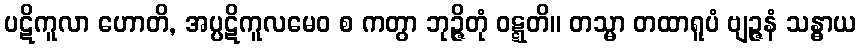
ပဋိကူလာ ဟောတိ, အပ္ပဋိကူလမေဝ စ ကတွာ ဘုဉ္ဇိတုံ ဝဋ္ဋတိ။ တသ္မာ တထာရူပံ ဗျဉ္ဇနံ သန္ဓာယ